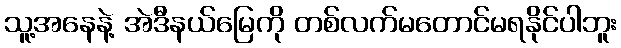
သူ့အနေနဲ့ အဲဒီနယ်မြေကို တစ်လက်မတောင်မရနိုင်ပါဘူး